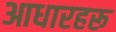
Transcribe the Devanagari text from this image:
आधारहरू